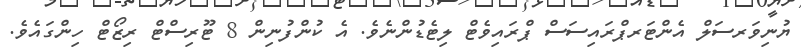
ޔުނިވަރސަލް އެންޓަރޕްރައިސަސް ޕްރައިވެޓް ލިޓެޑުންނެވެ. އެ ކުންފުނިން 8 ޓޫރިސްޓް ރިޒޯޓް ހިންގައެވެ.